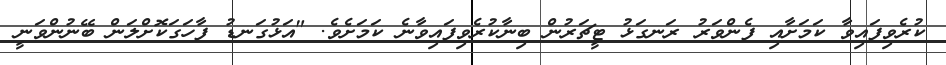
ކުރެވިފައިވާ ކަމަށާއި ފެންވަރު ރަނގަޅު ޓީޗަރުން ބިނާކުރެވިފައިވާނެ ކަމަށެވެ. "އަޅުގަނޑު ފާހަގަކޮށްލަން ބޭނުންވަނީ